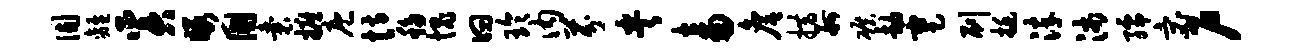
固离奚暇国囊摭庖恃移愧曰玲内芬央畜詹措舸碾劫蹇刷挺淬沛孺宓户